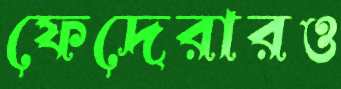
ফেদেরারও